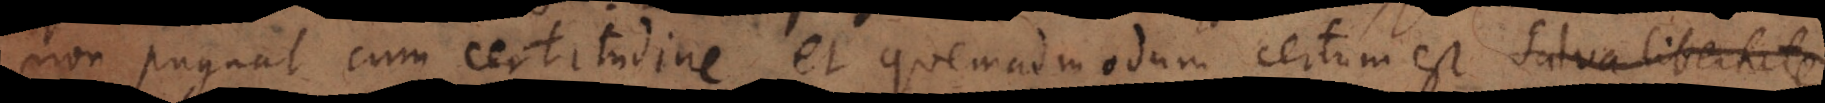
non pugnat cum certitudine, et quemadmodum certum est salva libertate